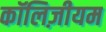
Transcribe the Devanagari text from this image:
कॉलिज़ीयम